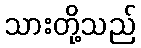
သားတို့သည်